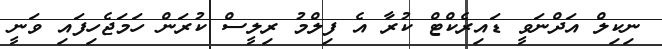
ނިކިލް އަދްނަވީ ޑައިރެކްޓް ކުރާ އެ ފިލްމު ރިލީސް ކުރަން ހަމަޖެހިފައި ވަނީ